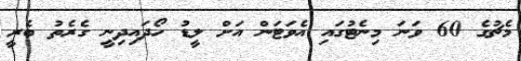
މެޗުގެ 60 ވަނަ މިނެޓުގައި އެވަޓަން އަށް ލީޑު ހޯދައިދިނީ ގެރެތު ބެރީ